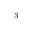
{ } ^ { 3 }